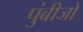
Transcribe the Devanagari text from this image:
पुंबीजों